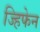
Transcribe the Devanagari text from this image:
ज्हिफेन